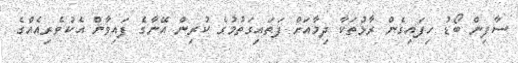
ސާފިން ބޯޑު ހިފައިގެން ރާޅުތަކާ ދިމާއަށް ފަތައިގަތުމުގެ ކުރިން އޭނާގެ ފައިވާން އެކުވެރިއެއްގެ